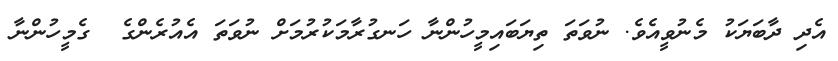
އެދި ދާބަޔަކު މެނުވީއެވެ. ނުވަތަ ތިޔަބައިމީހުންނާ ހަނގުރާމަކުރުމަށް ނުވަތަ އެއުރެންގެ  ގެމީހުންނާ